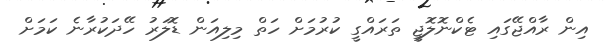
އިން ރާއްޖޭގައި ޓެކްނޮލޮޖީ ތަރައްގީ ކުރުމަށް ހަތް މިލިއަން ޑޮލަރު ހޭދަކުރާނެ ކަމަށް